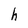
Character: h